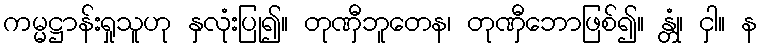
ကမ္မဋ္ဌာန်းရှုသူဟု နှလုံးပြု၍။ တုဏှီဘူတေန၊ တုဏှီဘောဖြစ်၍။ န္တုံ၊ ငှါ။ န